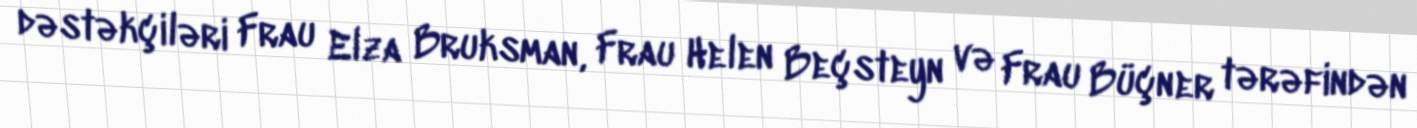
dəstəkçiləri Frau Elza Bruksman, Frau Helen Beçsteyn və Frau Büçner tərəfindən